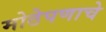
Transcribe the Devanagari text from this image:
मोठेपणाचे